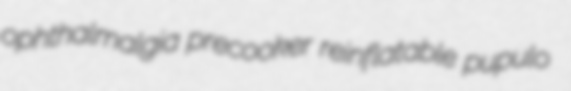
ophthalmalgia precooker reinflatable pupulo